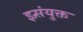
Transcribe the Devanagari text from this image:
झ्र्संयुक्त